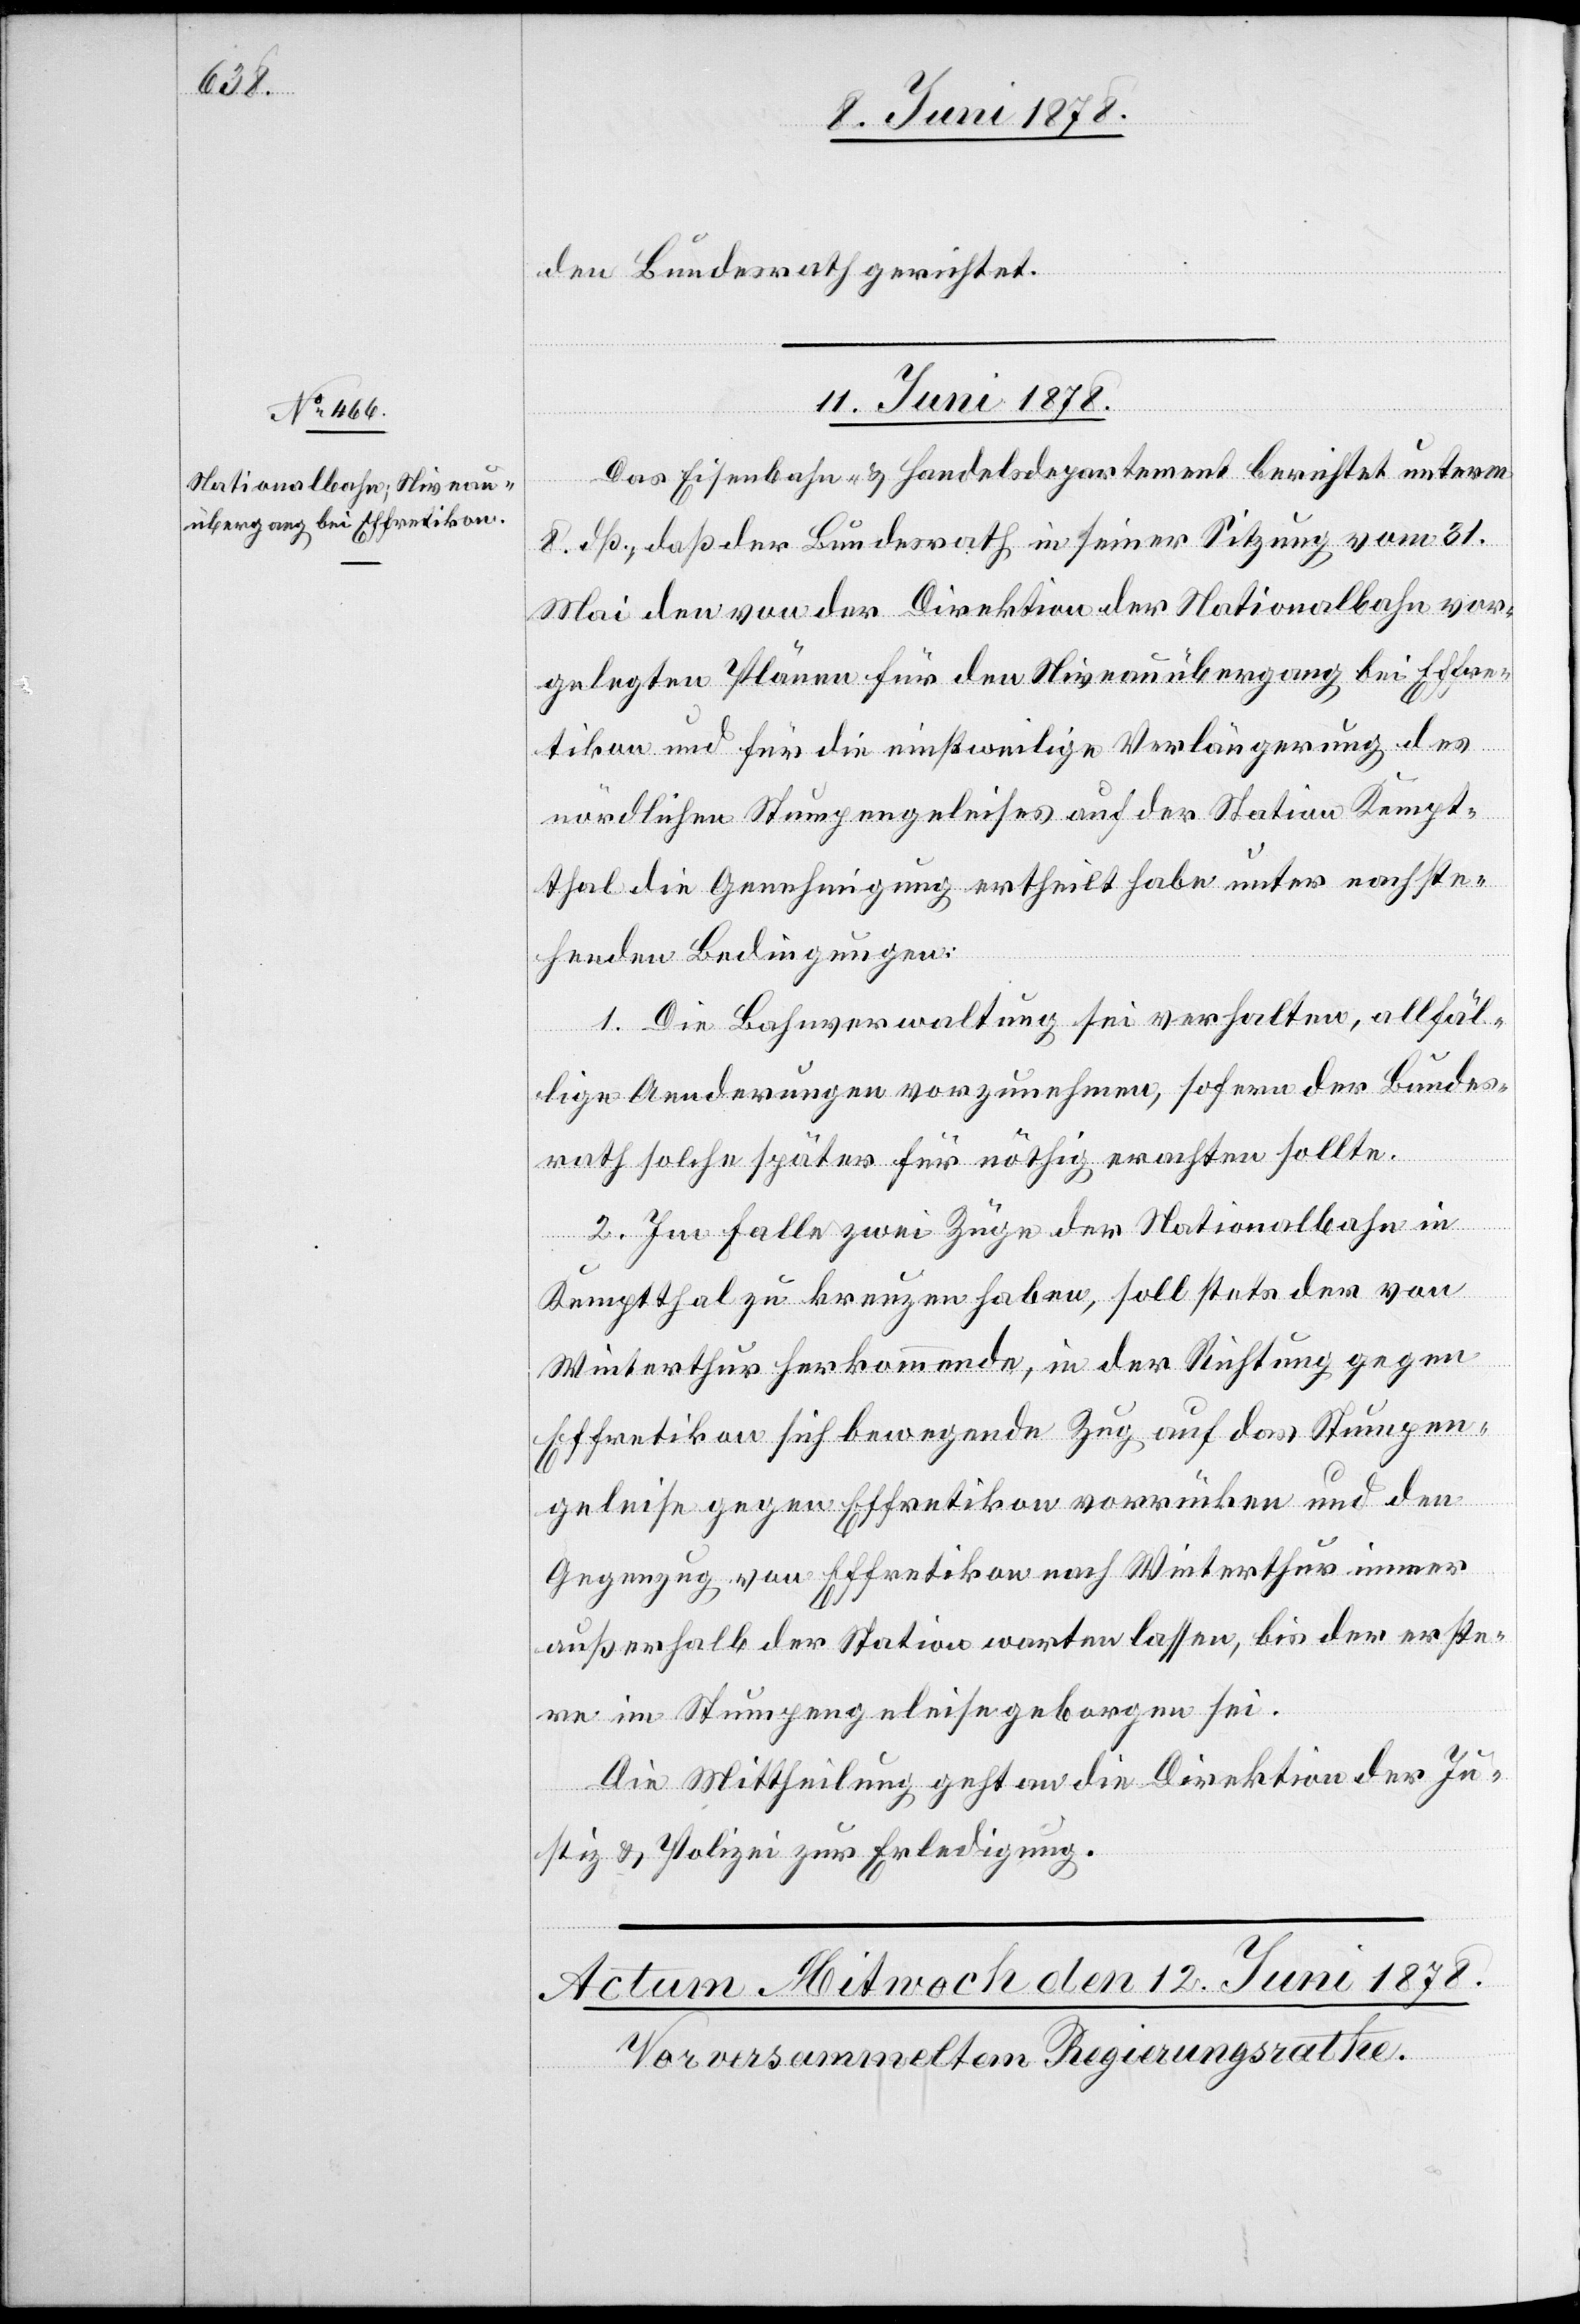
den Bundesrath gerichtet.
11. Juni 1878.
Das Eisenbahn- & Handelsdepartement berichtet unterm
8. dß., daß der Bundesrath in seiner Sitzung vom 31.
Mai den von der Direktion der Nationalbahn vor¬
gelegten Plänen für den Niveauübergang bei Effre¬
tikon und für die einstweilige Verlängerung des
nördlichen Stumpengeleises auf der Station Kempt¬
thal die Genehmigung ertheilt habe unter nachste¬
henden Bedingungen:
1. Die Bahnverwaltung sei verhalten, allfäl¬
lige Aenderungen vorzunehmen, sofern der Bundes¬
rath solche später für nöthig erachten sollte.
2. Im Falle zwei Züge der Nationalbahn in
Kemptthal zu kreuzen haben, soll stets der von
Winterthur herkommende, in der Richtung gegen
Effretikon sich bewegende Zug auf das Stumpen¬
geleise gegen Effretikon vorrücken und den
Gegenzug von Effretikon nach Winterthur immer
außerhalb der Station warten lassen, bis der erste¬
re im Stumpengeleise geborgen sei.
Die Mittheilung geht an die Direktion der Ju¬
stiz & Polizei zur Erledigung.